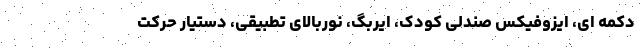
دکمه ای، ایزوفیکس صندلی کودک، ایربگ، نوربالای تطبیقی، دستیار حرکت